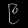
Digit: ၉